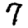
Digit: 7